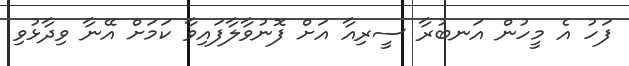
ފަހު އެ މީހުން އަނބުރާ ސީރިއާ އަށް ފޮނުވާލާފައިވާ ކަމަށް އޭނާ ވިދާޅުވި